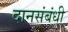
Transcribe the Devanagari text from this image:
दानसंबंधी